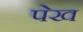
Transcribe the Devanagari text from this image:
पेख